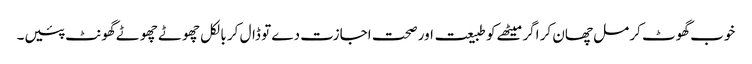
خوب گھوٹ کر مل چھان کر اگر میٹھے کو طبیعت اور صحت اجازت دے تو ڈال کر بالکل چھوٹے چھوٹے گھونٹ پئیں۔